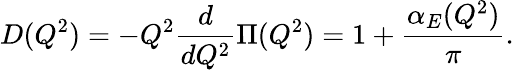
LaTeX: D(Q^{2})=-Q^{2}\frac{d}{dQ^{2}}\Pi(Q^{2})=1+\frac{\alpha_{E}(Q^{2})}\pi.